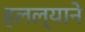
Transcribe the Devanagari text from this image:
हलल्याने